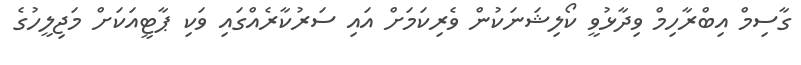
ގާސިމް އިބްރާހިމް ވިދާޅުވީ ކޯލިޝަނަކުން ވެރިކަމަށް އައި ސަރުކާރެއްގައި ވަކި ޕާޓީއަކަށް މަޖިލީހުގެ